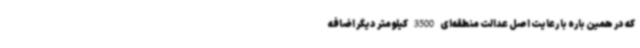
که در همین باره با رعایت اصل عدالت منطقه‌ای 3500 کیلومتر دیگر اضافه